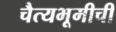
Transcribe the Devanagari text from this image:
चैत्यभूमीची